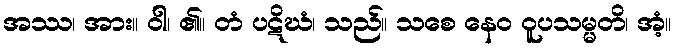
အဿ၊ အား။ ဝါ၊ ၏။ တံ ပဋိဃံ၊ သည်။ သစေ နေဝ ဝူပသမ္မတိ၊ အံ့။